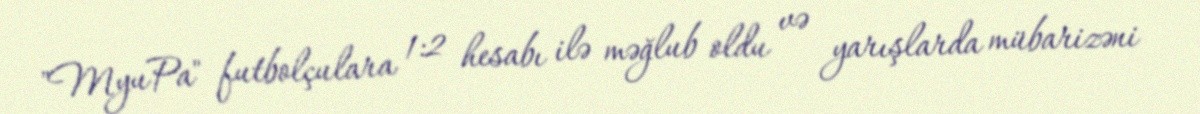
"MyuPa" futbolçulara 1:2 hesabı ilə məğlub oldu və yarışlarda mübarizəni